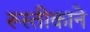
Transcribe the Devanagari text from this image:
रूस्तीकाने